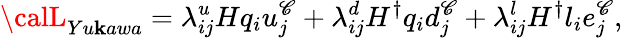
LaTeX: {\calL}_{Yu\mathbf{k}awa}=\lambda_{ij}^{u}Hq_{i}u_{j}^{\mathscr{C}}+\lambda_{ij}^{d}H^{\dagger}q_{i}d_{j}^{\mathscr{C}}+\lambda_{ij}^{l}H^{\dagger}l_{i}e_{j}^{\mathscr{C}},